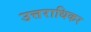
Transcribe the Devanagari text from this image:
उत्तराधिकर